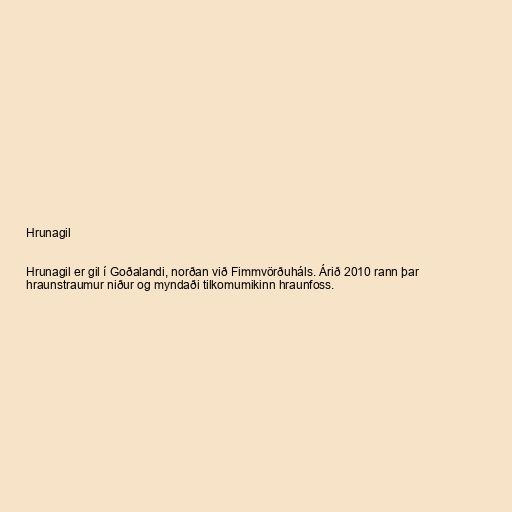
Hrunagil

Hrunagil er gil í Goðalandi, norðan við Fimmvörðuháls. Árið 2010 rann þar
hraunstraumur niður og myndaði tilkomumikinn hraunfoss.